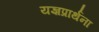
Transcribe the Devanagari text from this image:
यज्ञप्रार्थना